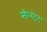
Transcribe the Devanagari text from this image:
सीलट्रेट